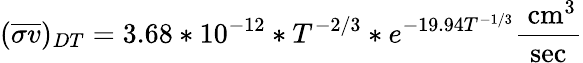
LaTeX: ({\overline{{\sigma v}}})_{DT}=3.68*10^{-12}*T^{-2/3}*e^{-19.94T^{-1/3}}{\frac{{\mathrm{~cm}}^{3}}{\mathrm{sec}}}